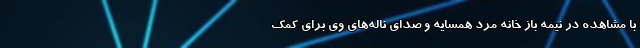
با مشاهده در نیمه باز خانه مرد همسایه و صدای ناله‌های وی برای کمک